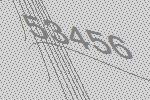
53456